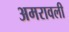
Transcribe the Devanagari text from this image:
अमरावली